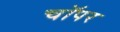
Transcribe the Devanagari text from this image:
चॉपर